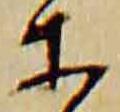
等